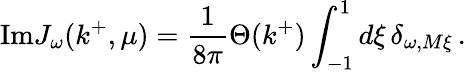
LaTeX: \mathrm{Im}J_{\omega}(k^{+},\mu)=\frac{1}{8\pi}\Theta(k^{+})\int_{-1}^{1}d\xi\, \delta_{\omega,M\xi}\, .